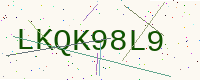
Text: LKQK98L9